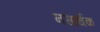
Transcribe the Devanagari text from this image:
नसार्थक